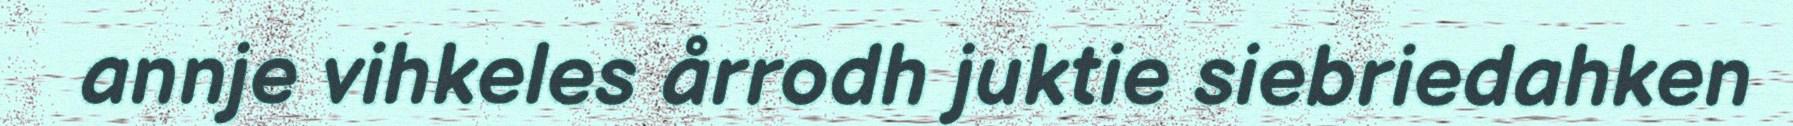
annje vihkeles årrodh juktie siebriedahken